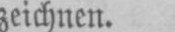
zeichnen.